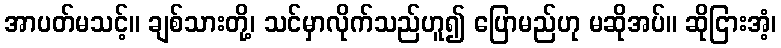
အာပတ်မသင့်။ ချစ်သားတို့၊ သင်မှာလိုက်သည်ဟူ၍ ပြောမည်ဟု မဆိုအပ်။ ဆိုငြားအံ့၊